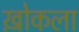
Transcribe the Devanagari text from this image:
ख़ोकला